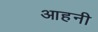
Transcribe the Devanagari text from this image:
आहनी